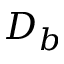
D _ { b }